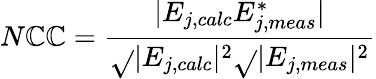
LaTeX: N\mathbb{C}\mathbb{C}=\frac{{|E_{j,calc}E_{j,meas}^{*}|}}{{\sqrt{}{{|E_{j,calc}|^{2}}}\sqrt{}{{|E_{j,meas}|^{2}}}}}